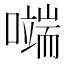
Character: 𭋬